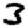
Digit: 3